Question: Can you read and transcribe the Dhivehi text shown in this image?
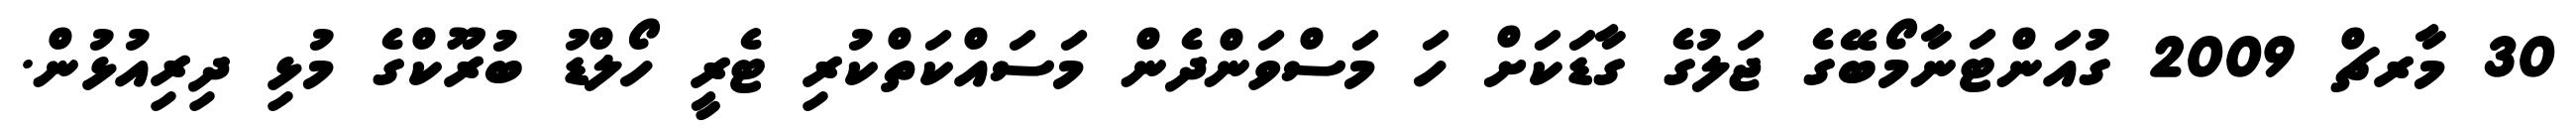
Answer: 30 މާރޗް 2009 ގުއަންޓަނާމޯބޭގެ ޖަލުގެ ގާޑަކަށް ހަ މަސްވަންދެން މަސައްކަތްކުރި ޓެރީ ހޯލްޑު ބުރޫކްގެ މުޅި ދިރިއުޅުން.